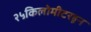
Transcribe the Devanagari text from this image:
२५किलोमीटरहून